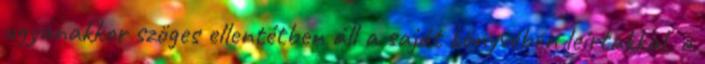
ugyanakkor szöges ellentétben áll a saját könyvében leírtakkal, a